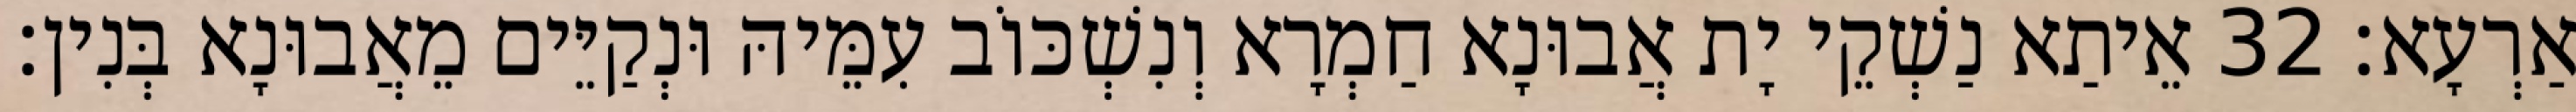
אַרְעָא׃ 32 אֵיתַא נַשְׁקֵי יָת אֲבוּנָא חַמְרָא וְנִשְׁכּוֹב עִמֵּיהּ וּנְקַיֵּים מֵאֲבוּנָא בְּנִין׃